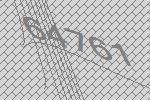
64761